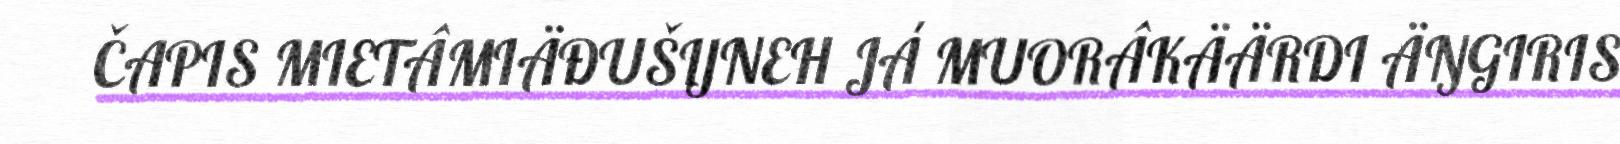
ČAPIS MIETÂMIÄĐUŠIJNEH JÁ MUORÂKÄÄRDI ÄŊGIRIS